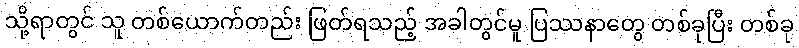
သို့ရာတွင် သူ တစ်ယောက်တည်း ဖြတ်ရသည့် အခါတွင်မူ ပြဿနာတွေ တစ်ခုပြီး တစ်ခု